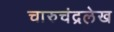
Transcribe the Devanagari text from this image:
चारुचंद्रलेख